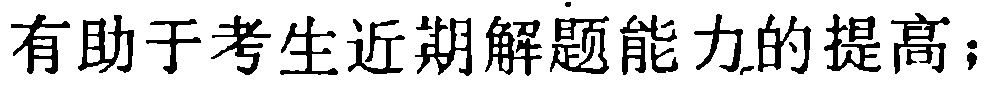
有助于考生近期解题能力的提高；